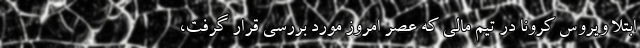
ابتلا ویروس کرونا در تیم مالی که عصر امروز مورد بررسی قرار گرفت،